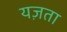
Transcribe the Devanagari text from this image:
यज़ता